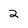
Character: 2